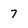
Character: 7